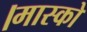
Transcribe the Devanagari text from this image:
।मास्को